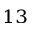
^ { 1 3 }